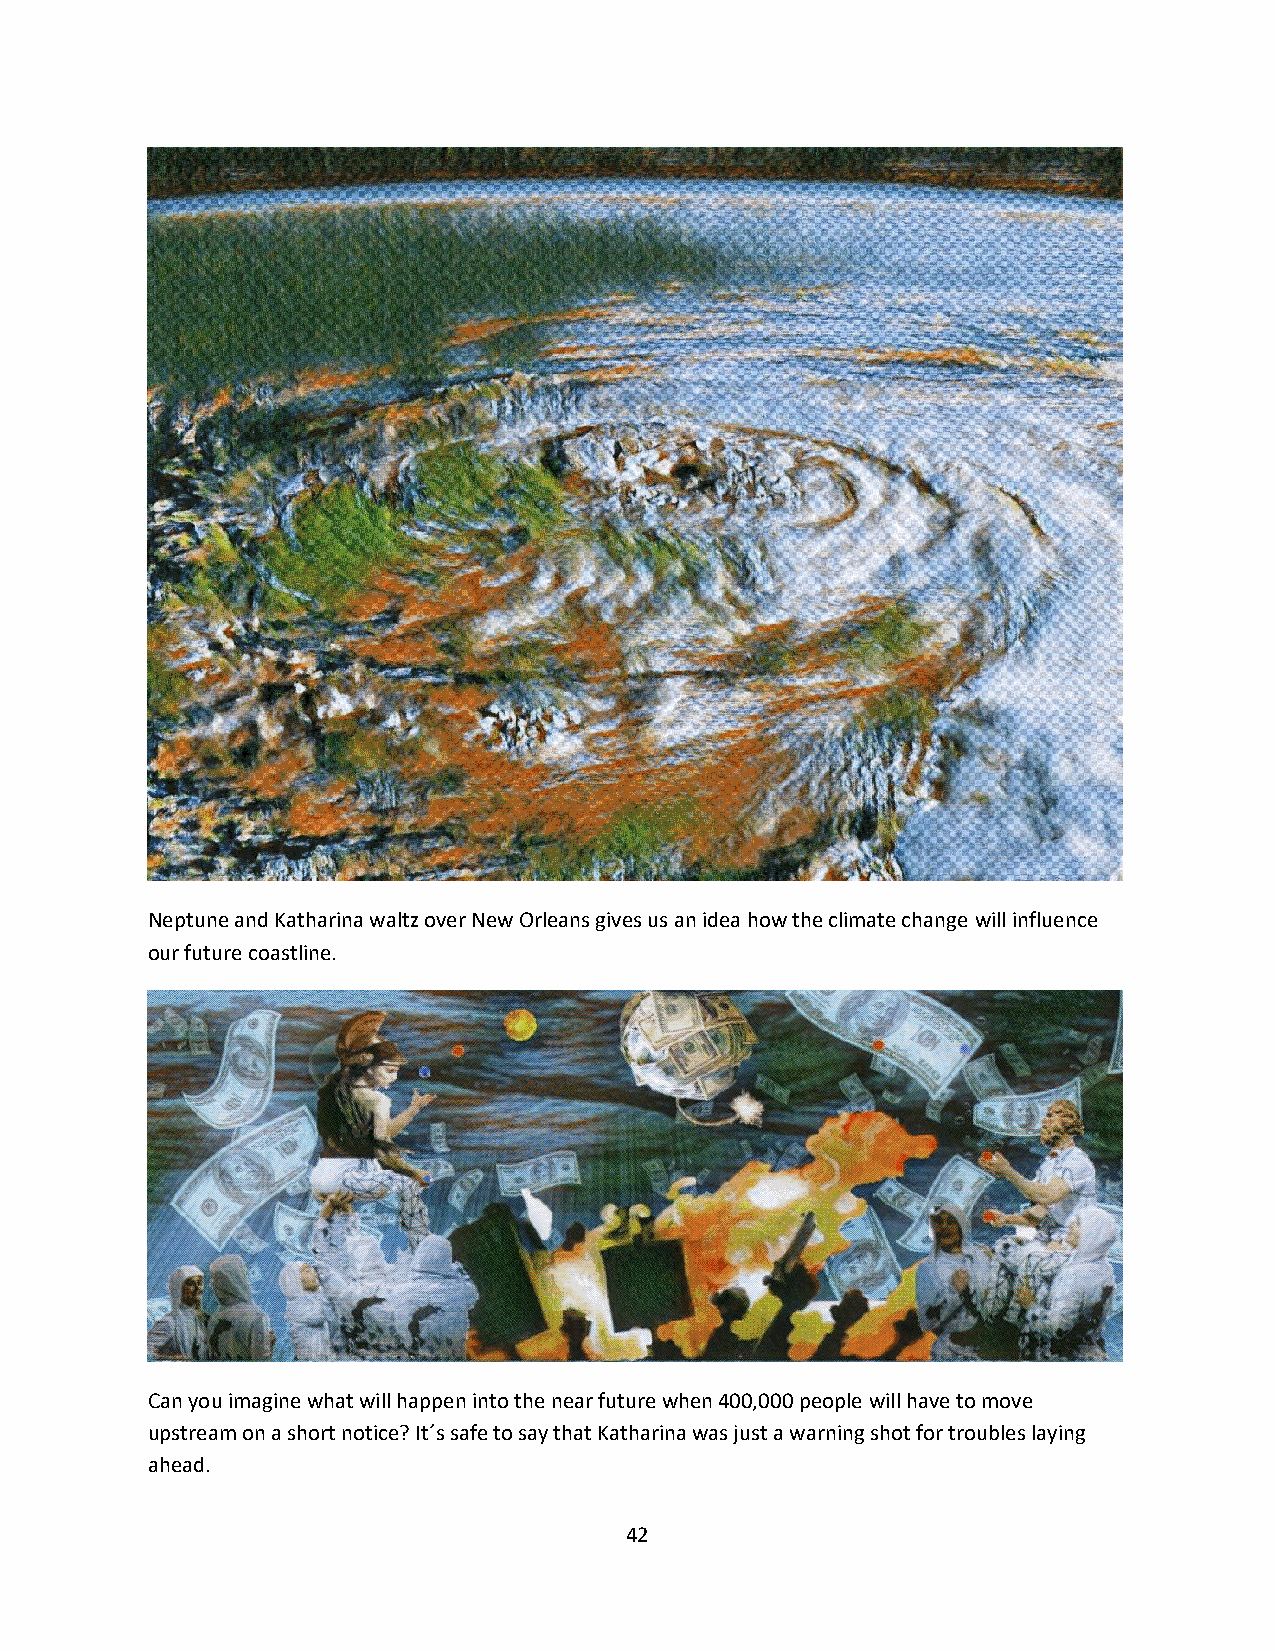
Neptune and Katharina waltz over New Orleans gives us an idea how the climate change will influence
 our future coastline.
 Can you imagine what will happen into the near future when 400,000 people will have to move
 upstream on a short notice? It´s safe to say that Katharina was just a warning shot for troubles laying
 ahead.
 42